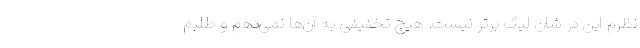
نظرم این در شان لیگ برتر نیست. هیچ تخفیفی به آن‌ها نمی‌دهم و طلبم